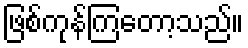
ဖြစ်ကုန်ကြတော့သည်။